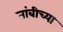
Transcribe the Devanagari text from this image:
तांबीच्या